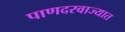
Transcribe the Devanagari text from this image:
पाणदरवाज्यात